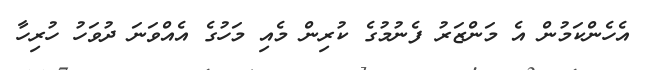
އެހެންކަމުން އެ މަންޒަރު ފެނުމުގެ ކުރިން މެއި މަހުގެ އެއްވަނަ ދުވަހު ހުރިހާ